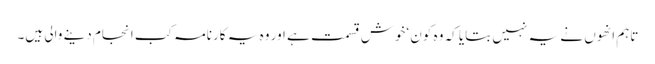
تاہم انھوں نے یہ نہیں بتایا کہ وہ کون ‘خوش قسمت ہے اور وہ یہ کارنامہ کب انجام دینے والی ہیں۔